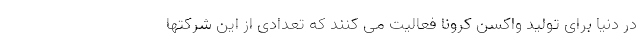
در دنیا برای تولید واکسن کرونا فعالیت می کنند که تعدادی از این شرکتها